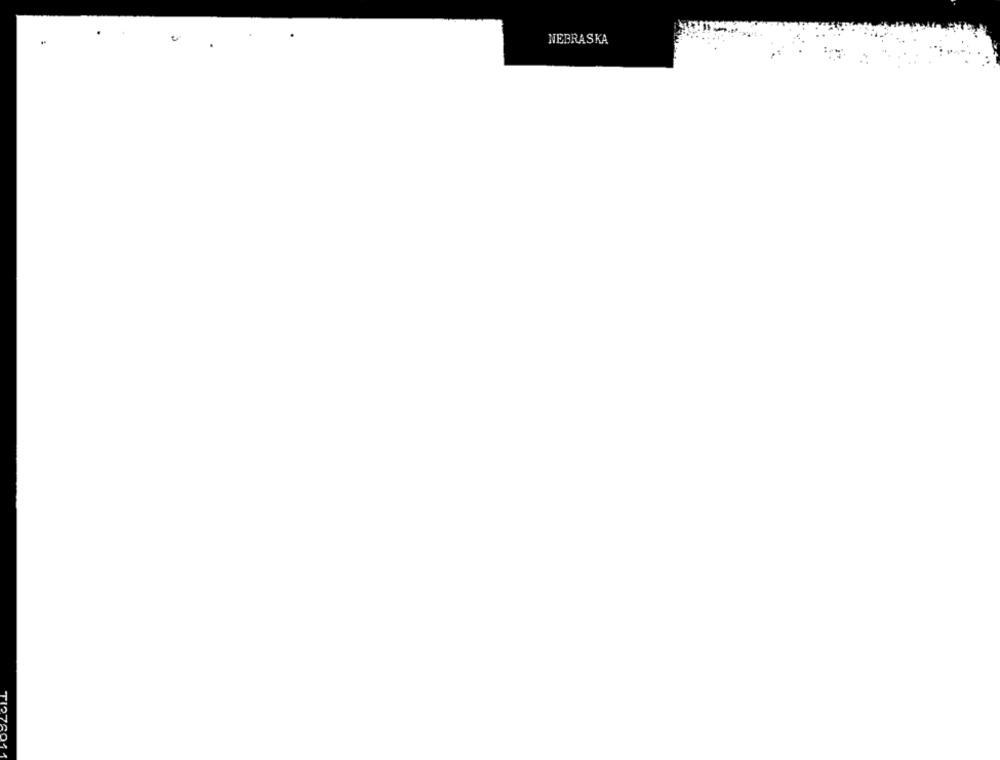
.
NEBRASKA
TI2760